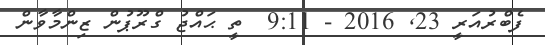
ފެބްރުއަރީ 23